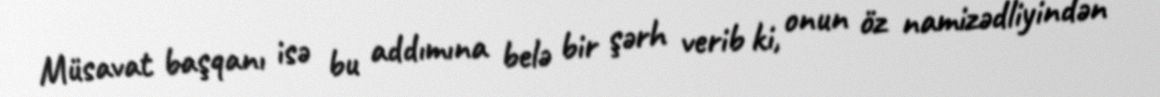
Müsavat başqanı isə bu addımına belə bir şərh verib ki, onun öz namizədliyindən